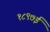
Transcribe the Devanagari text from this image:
१८९७ई